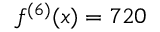
f ^ { ( 6 ) } ( x ) = 7 2 0